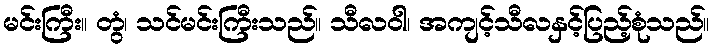
မင်းကြီး။ တွံ၊ သင်မင်းကြီးသည်။ သီလဝါ၊ အကျင့်သီလနှင့်ပြည့်စုံသည်။